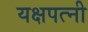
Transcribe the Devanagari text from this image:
यक्षपत्‍नी